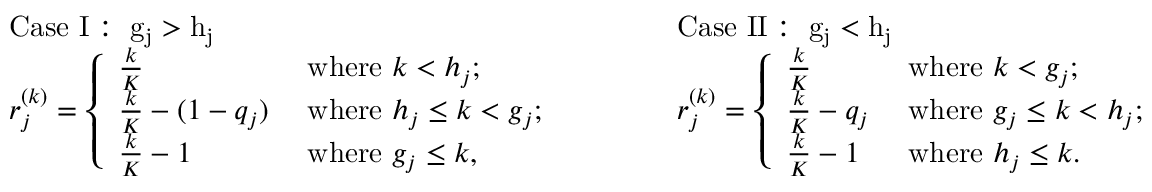
\begin{array} { r l } & { \mathrm { C a s e ~ I : ~ g _ j > h _ j ~ } } \\ & { r _ { j } ^ { ( k ) } = \left\{ \begin{array} { l l } { \frac { k } { K } } & { \mathrm { ~ w h e r e ~ } k < h _ { j } ; } \\ { \frac { k } { K } - ( 1 - q _ { j } ) } & { \mathrm { ~ w h e r e ~ } h _ { j } \leq k < g _ { j } ; } \\ { \frac { k } { K } - 1 } & { \mathrm { ~ w h e r e ~ } g _ { j } \leq k , } \end{array} \right. } \end{array} \quad \quad \begin{array} { r l } & { \mathrm { C a s e ~ I I : ~ g _ j < h _ j ~ } } \\ & { r _ { j } ^ { ( k ) } = \left\{ \begin{array} { l l } { \frac { k } { K } } & { \mathrm { ~ w h e r e ~ } k < g _ { j } ; } \\ { \frac { k } { K } - q _ { j } } & { \mathrm { ~ w h e r e ~ } g _ { j } \leq k < h _ { j } ; } \\ { \frac { k } { K } - 1 } & { \mathrm { ~ w h e r e ~ } h _ { j } \leq k . } \end{array} \right. } \end{array}